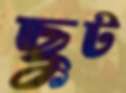
ছুট